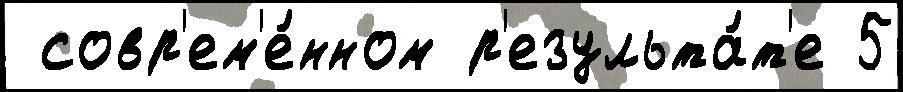
 совр'ем'е́нном р'езульта́т'е 5